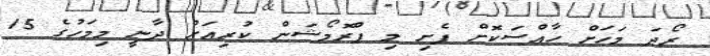
ރޯދަ މަހަށް ހާއްސަކޮށް ފެށި މި ޕްރޮމޯޝަން ކުރިއަށް ދާނީ މިމަހުގެ 15